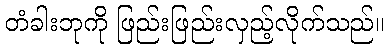
တံခါးဘုကို ဖြည်းဖြည်းလှည့်လိုက်သည်။